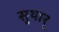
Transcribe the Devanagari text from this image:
सुथार्